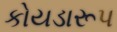
કોયડારૂપ